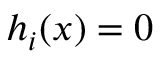
h _ { i } ( x ) = 0